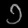
Digit: ၁